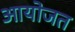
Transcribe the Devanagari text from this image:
आयोजत